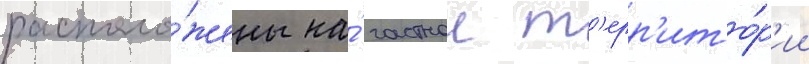
располо́жены на́ частнои т'ерр'ито́р'ии